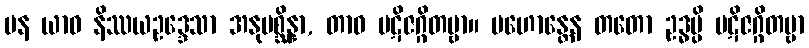
ပန ယာဝ နိဿယဥဒ္ဒေသာ အနုပစ္ဆိန္နာ, တာဝ ပဋိဇဂ္ဂိတဗ္ဗာ။ ပဟောန္တေန တတော ဥဒ္ဓမ္ပိ ပဋိဇဂ္ဂိတဗ္ဗာ